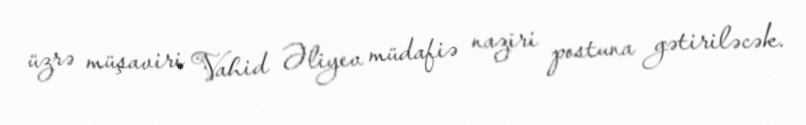
üzrə müşaviri Vahid Əliyev müdafiə naziri postuna gətiriləcək.